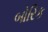
બોરિક